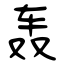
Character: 轰